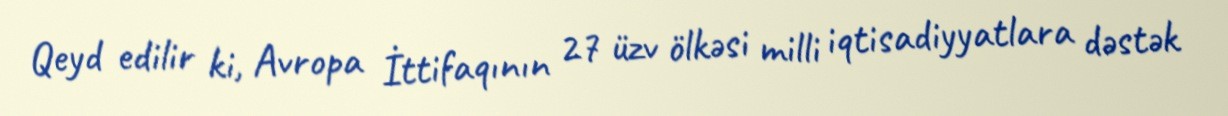
Qeyd edilir ki, Avropa İttifaqının 27 üzv ölkəsi milli iqtisadiyyatlara dəstək